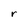
Character: r